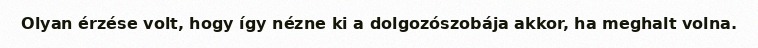
Olyan érzése volt, hogy így nézne ki a dolgozószobája akkor, ha meghalt volna.